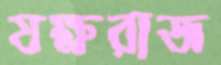
যক্ষরাজ